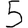
Digit: 5